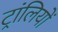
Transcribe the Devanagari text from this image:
ट्रांलियों